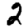
Digit: 2